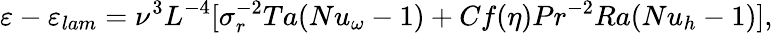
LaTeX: \varepsilon-\varepsilon_{lam}=\nu^{3}L^{-4}[\sigma_{r}^{-2}Ta(Nu_{\omega}-1)+Cf(\eta)Pr^{-2}Ra(Nu_{h}-1)],